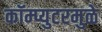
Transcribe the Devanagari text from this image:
कॉम्प्युटरमुळे